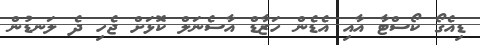
ޑިއެގޯ ކޯސްޓާ އާއި އެޑެން ހަޒާޑް އާސެނަލް ކޮޅަށް ޖެހި ދެ ލަނޑުން